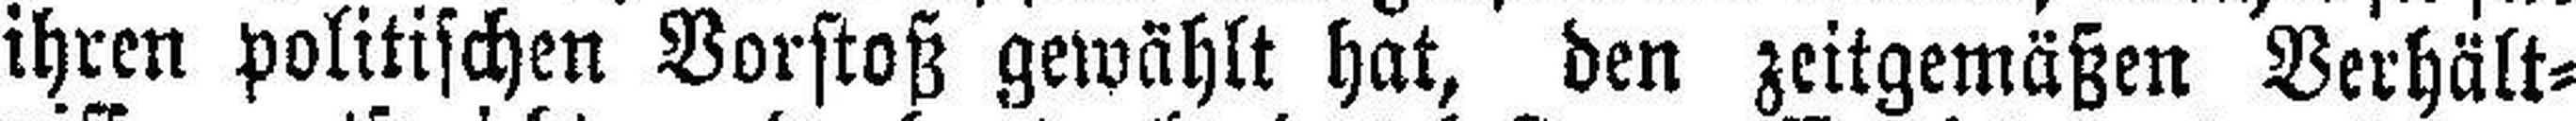
ihren politischen Vorstoß gewählt hat, den zeitgemäßen Verhält¬